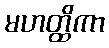
မဟတ္ထိကာ